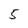
Character: 5